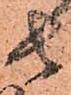
由